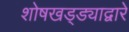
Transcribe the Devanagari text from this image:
शोषखड्ड्याद्वारे